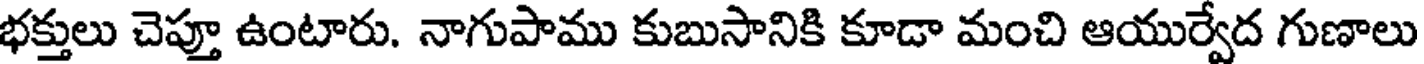
భక్తులు చెప్తూ ఉంటారు. నాగుపాము కుబుసానికి కూడా మంచి ఆయుర్వేద గుణాలు